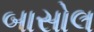
બાસોલ